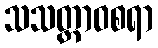
သသတ္ထာဝစရာ